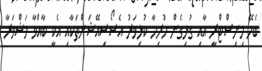
ބެހޭ މިނިސްޓްރީ އާއި ގުޅިގެން ހުރިހާ ކުޅިވަރު އެސޯސިއޭޝަންތަކާއި އެކީ ބާއްވާ މަޝްވަރާ